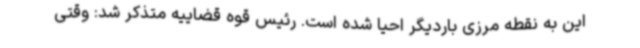
این به نقطه مرزی باردیگر احیا شده است. رئیس قوه قضاییه متذکر شد: وقتی